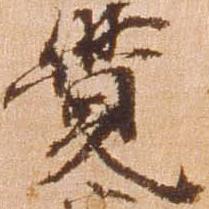
覚